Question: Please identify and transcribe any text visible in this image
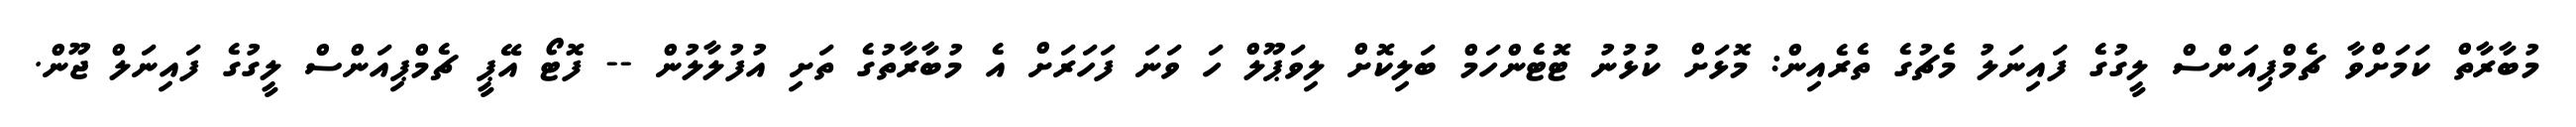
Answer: މުބާރާތް ކަމަށްވާ ޗެމްޕިއަންސް ލީގުގެ ފައިނަލު މެޗުގެ ތެރެއިން: މޮޅަށް ކުޅުނު ޓޮޓެންހަމް ބަލިކޮށް ލިވަޕޫލް ހަ ވަނަ ފަހަރަށް އެ މުބާރާތުގެ ތަށި އުފުލާލުން -- ފޮޓޯ އޭޕީ ޗެމްޕިއަންސް ލީގުގެ ފައިނަލް ޖޫން.